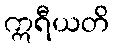
ဣရီယတိ